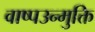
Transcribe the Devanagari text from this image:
वाष्पउन्मुक्ति